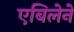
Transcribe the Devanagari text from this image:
एबिलेने